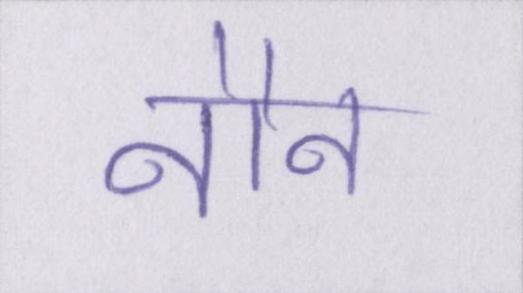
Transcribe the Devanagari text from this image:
नौन